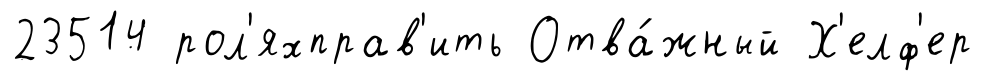
23514 рол'яхправ'ить Отва́жный Х'елф'ер